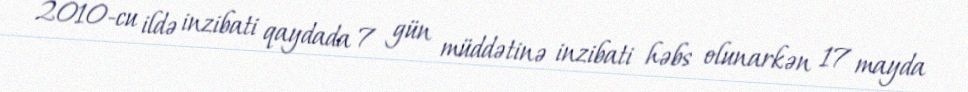
2010-cu ildə inzibati qaydada 7 gün müddətinə inzibati həbs olunarkən 17 mayda